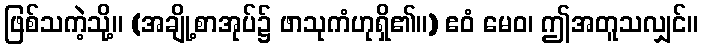
ဖြစ်သကဲ့သို့။ (အချို့စာအုပ်၌ ဖာသုကံဟုရှိ၏။) ဧဝံ မေဝ၊ ဤအတူသလျှင်။